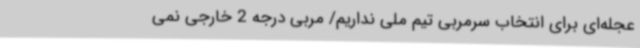
عجله‌ای برای انتخاب سرمربی تیم ملی نداریم/ مربی درجه 2 خارجی نمی‌